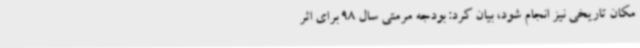
مکان تاریخی نیز انجام شود، بیان کرد: بودجه مرمتی سال 98 برای اثر